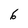
Character: 6